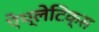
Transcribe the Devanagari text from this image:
ऐथ्लेटिक्स